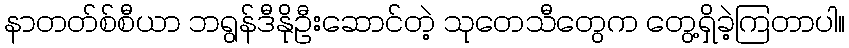
နာတတ်စ်စီယာ ဘရွန်ဒီနိုဦးဆောင်တဲ့ သုတေသီတွေက တွေ့ရှိခဲ့ကြတာပါ။